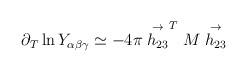
LaTeX: \begin{align*}\partial_T \ln Y_{\alpha \beta \gamma} \simeq -4\pi\stackrel{\rightarrow}{h_{23}}^{ T} M \stackrel{\rightarrow}{h_{23} }\end{align*}